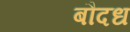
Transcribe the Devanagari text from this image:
बौदध